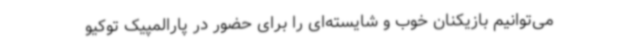
می‌توانیم بازیکنان خوب و شایسته‌ای را برای حضور در پارالمپیک توکیو